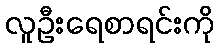
လူဦးရေစာရင်းကို